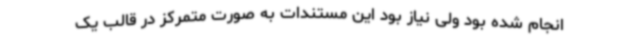
انجام شده بود ولی نیاز بود این مستندات به صورت متمرکز در قالب یک